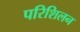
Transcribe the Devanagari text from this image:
परिशिलन